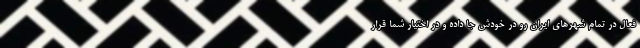
فعال در تمام شهرهای ایران رو در خودش جا داده و در اختیار شما قرار